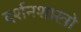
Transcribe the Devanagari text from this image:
दर्शनशास्त्रो